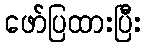
ဖော်ပြထားပြီး